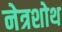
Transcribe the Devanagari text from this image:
नेत्रशोथ